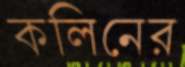
কলিনের